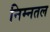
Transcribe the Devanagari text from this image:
निम्नतल